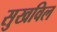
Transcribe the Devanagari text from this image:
सुखविल